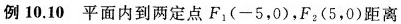
例10.10平面内到两定点F_{1}(-5，0)，F_{2}(5，0)距离